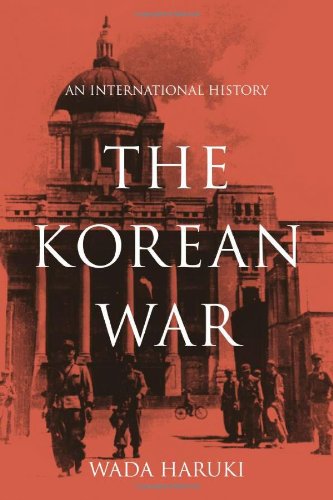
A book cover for The Korean War: An International History (Asia/Pacific/Perspectives); Wada Haruki; History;